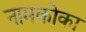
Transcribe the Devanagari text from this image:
नामकोका